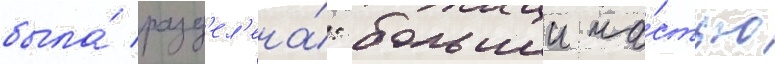
была́ разд'ел'ена́: большеи ча́стью